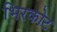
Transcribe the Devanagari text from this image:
भिरकोट